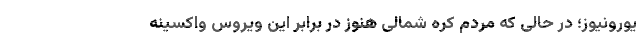
یورونیوز؛ در حالی‌ که مردم کره شمالی هنوز در برابر این ویروس واکسینه